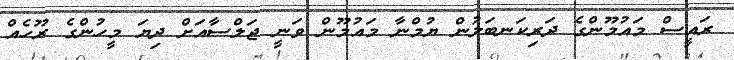
ރައީސް މައުމޫންގެ ދަރިކަނބަލުން ޔުމްނާ މައުމޫން ވަނީ ޖަލްސާއަށް ދިޔަ މީހުންގެ ރޫހެއް